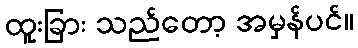
ထူးခြား သည်တော့ အမှန်ပင်။